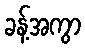
ခန့်အကွာ